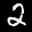
Label: 2